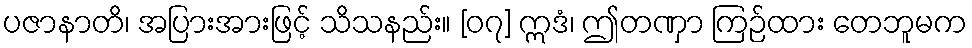
ပဇာနာတိ၊ အပြားအားဖြင့် သိသနည်း။ [၀၇] ဣဒံ၊ ဤတဏှာ ကြဉ်ထား တေဘူမက